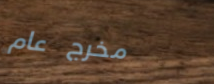
مخرج عام